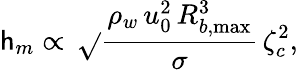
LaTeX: \mathsf{h}_{m}\propto\, \sqrt{}{{\frac{{\rho_{w}\, u_{0}^{2}\, R_{b,\operatorname*{max}}^{3}}}{{\sigma}}\, \zeta_{c}^{2}}},